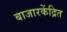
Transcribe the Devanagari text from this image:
बाजारकेंद्रित